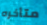
متأخره